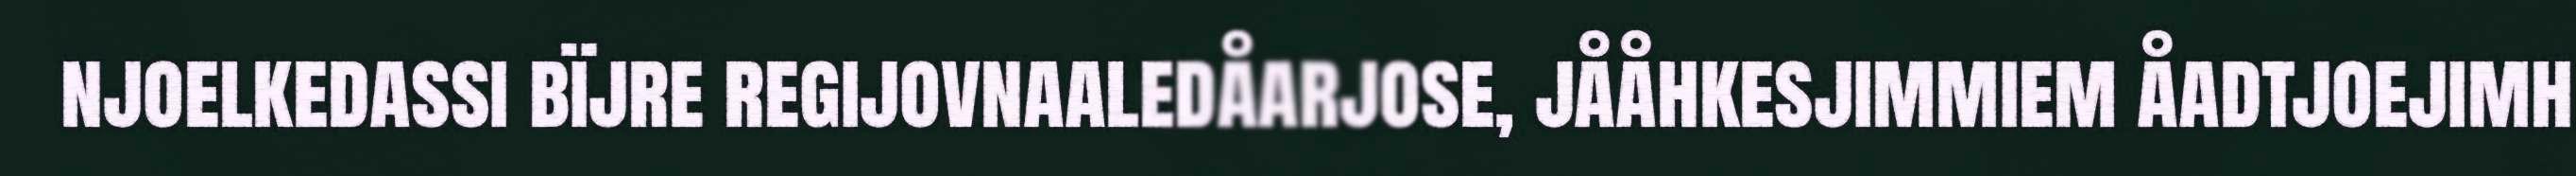
njoelkedassi bïjre regijovnaaledåarjose, jååhkesjimmiem åadtjoejimh